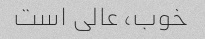
خوب، عالی است